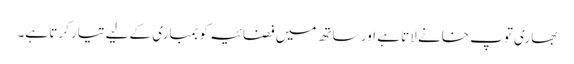
بھاری توپ خانے لاتا ہے اور ساتھ میں فضائیہ کو بمباری کےلیے تیار کرتا ہے۔